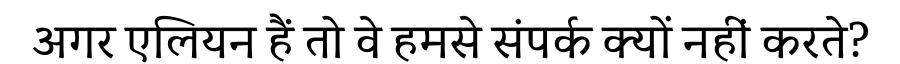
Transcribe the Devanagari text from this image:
अगर एलियन हैं तो वे हमसे संपर्क क्यों नहीं करते?